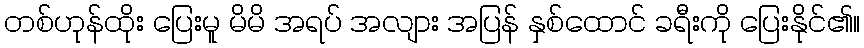
တစ်ဟုန်ထိုး ပြေးမူ မိမိ အရပ် အလျား အပြန် နှစ်ထောင် ခရီးကို ပြေးနိုင်၏။